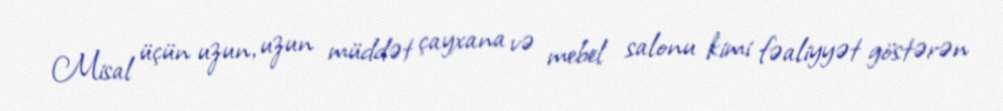
Misal üçün uzun, uzun müddət çayxana və mebel salonu kimi fəaliyyət göstərən